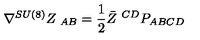
\nabla ^ { S U ( 8 ) } Z _ { \ A B } = { \frac { 1 } { 2 } } \bar { Z } ^ { \ C D } P _ { A B C D }